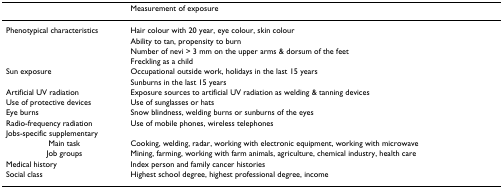
<table><thead><tr><td></td><td><b>Measurement of exposure</b></td></tr></thead><tbody><tr><td>Phenotypical characteristics</td><td>Hair colour with 20 year, eye colour, skin colour</td></tr><tr><td></td><td>Ability to tan, propensity to burn</td></tr><tr><td></td><td>Number of nevi &gt; 3 mm on the upper arms &amp; dorsum of the feet</td></tr><tr><td></td><td>Freckling as a child</td></tr><tr><td>Sun exposure</td><td>Occupational outside work, holidays in the last 15 years</td></tr><tr><td></td><td>Sunburns in the last 15 years</td></tr><tr><td>Artificial UV radiation</td><td>Exposure sources to artificial UV radiation as welding &amp; tanning devices</td></tr><tr><td>Use of protective devices</td><td>Use of sunglasses or hats</td></tr><tr><td>Eye burns</td><td>Snow blindness, welding burns or sunburns of the eyes</td></tr><tr><td>Radio-frequency radiation</td><td>Use of mobile phones, wireless telephones</td></tr><tr><td>Jobs-specific supplementary</td><td></td></tr><tr><td>Main task</td><td>Cooking, welding, radar, working with electronic equipment, working with microwave</td></tr><tr><td>Job groups</td><td>Mining, farming, working with farm animals, agriculture, chemical industry, health care</td></tr><tr><td>Medical history</td><td>Index person and family cancer histories</td></tr><tr><td>Social class</td><td>Highest school degree, highest professional degree, income</td></tr></tbody></table>